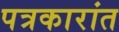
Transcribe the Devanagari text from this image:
पत्रकारांत